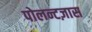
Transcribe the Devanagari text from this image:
पोलन्टज़ास